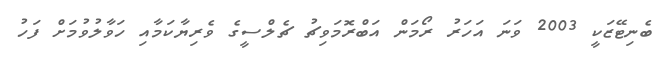
ބެނިޓޭޒަކީ 2003 ވަނަ އަހަރު ރޯމަން އަބްރޮމަވިޗު ޗެލްސީގެ ވެރިޔާކަމާއި ހަވާލުވުމަށް ފަހު